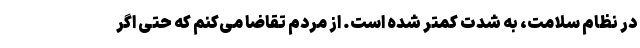
در نظام سلامت، به شدت کمتر شده است. از مردم تقاضا می‌کنم که حتی اگر